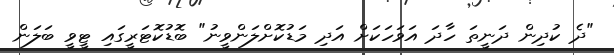
"ދެ ކުދިން ދަނީތަ ހާދަ އަވަހަކަށް އަދި މަޑުކޮށްލަންވީނު" ބޮޑުކޮޓަރީގައި ޓީވީ ބަލަން